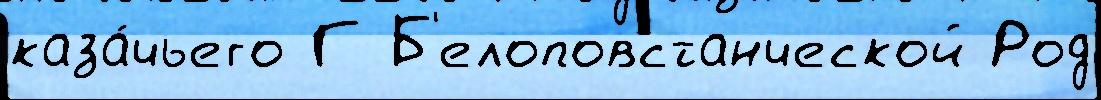
каза́чьего Г Б'елоповстанческой Род